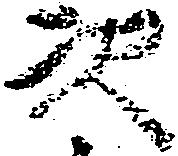
次